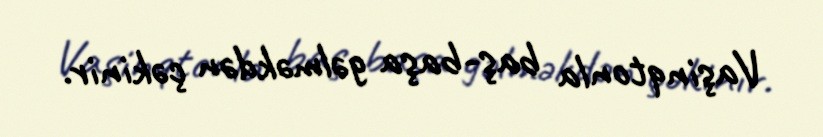
Vaşinqtonla baş-başa gəlməkdən çəkinir.